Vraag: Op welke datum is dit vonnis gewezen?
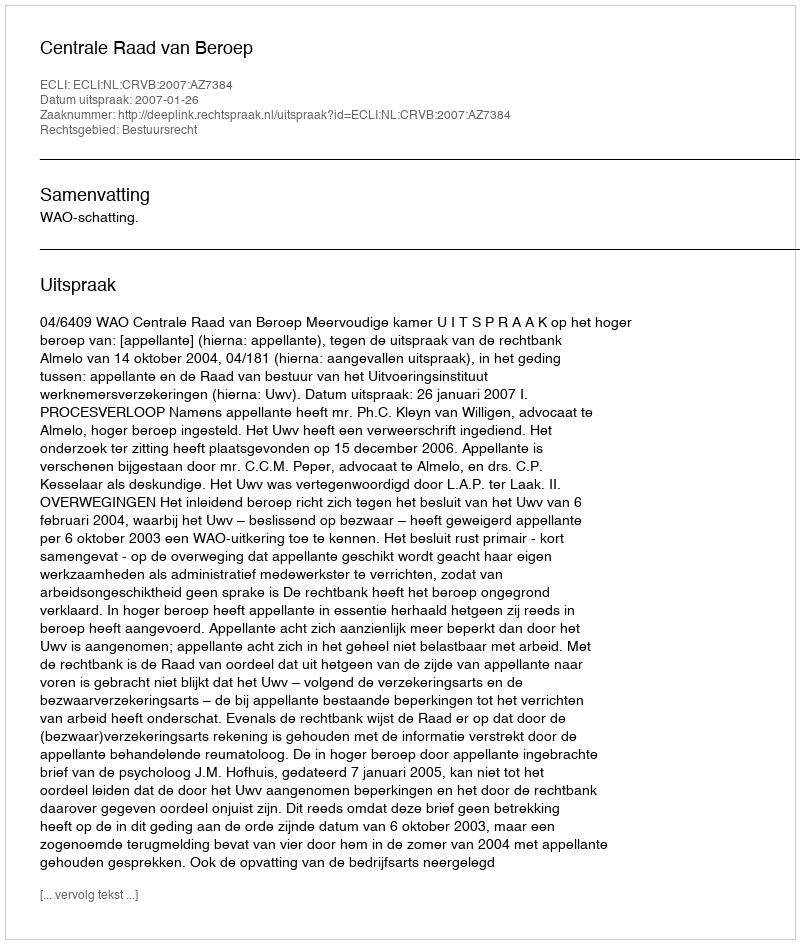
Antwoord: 2007-01-26